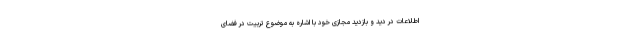
اطلاعات در دید و بازدید مجازی خود با اشاره به موضوع تربیت در فضای